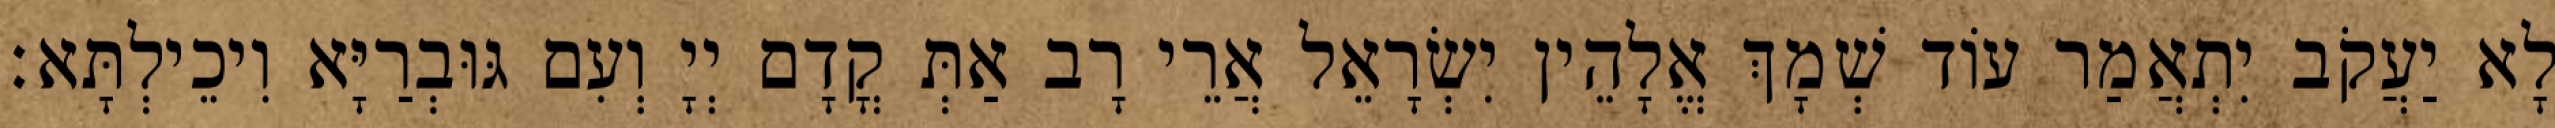
לָא יַעֲקֹב יִתְאֲמַר עוֹד שְׁמָךְ אֱלָהֵין יִשְׂרָאֵל אֲרֵי רָב אַתְּ קֳדָם יְיָ וְעִם גּוּבְרַיָּא וִיכֵילְתָּא׃